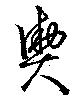
輿